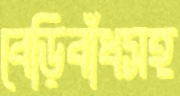
বেড়িবাঁধসহ